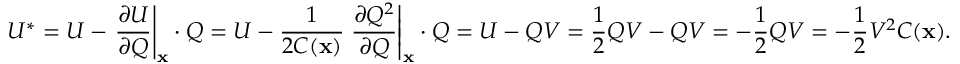
U ^ { * } = U - \left. { \frac { \partial U } { \partial Q } } \right| _ { \mathbf { x } } \cdot Q = U - { \frac { 1 } { 2 C ( \mathbf { x } ) } } \left. { \frac { \partial Q ^ { 2 } } { \partial Q } } \right| _ { \mathbf { x } } \cdot Q = U - Q V = { \frac { 1 } { 2 } } Q V - Q V = - { \frac { 1 } { 2 } } Q V = - { \frac { 1 } { 2 } } V ^ { 2 } C ( \mathbf { x } ) .